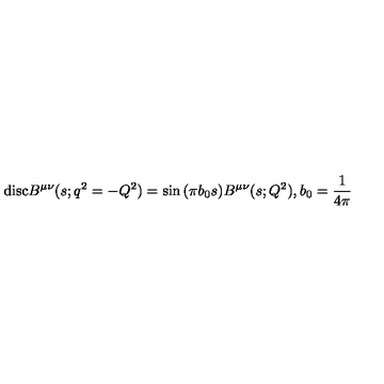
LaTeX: \mathrm { d i s c } B ^ { \mu \nu } ( s ; q ^ { 2 } = - Q ^ { 2 } ) = \sin { ( \pi b _ { 0 } s ) } B ^ { \mu \nu } ( s ; Q ^ { 2 } ) , b _ { 0 } = \frac { 1 } { 4 \pi }